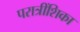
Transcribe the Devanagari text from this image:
परात्रींशिका